Indian journal of veterinary science and animal husbandry - Volume 9,
Year: 1939
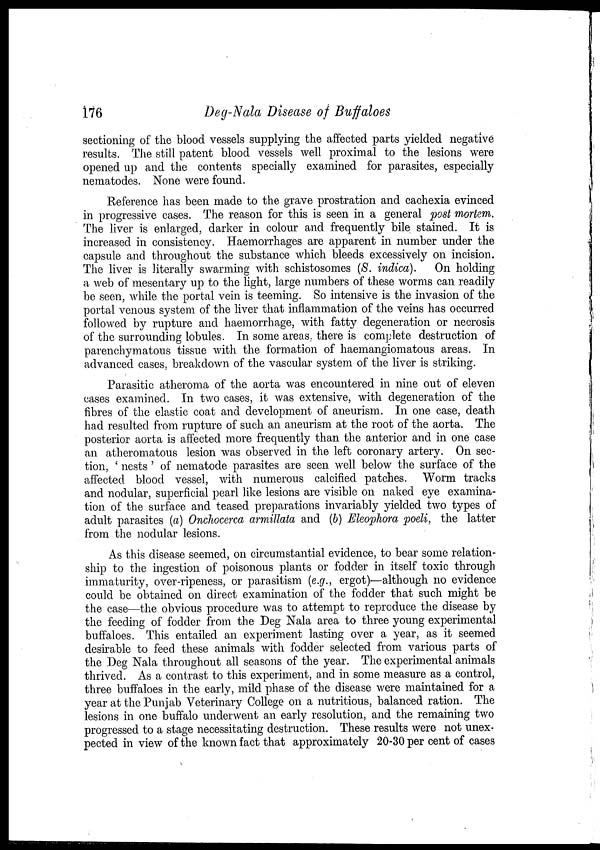
176
Deg-Nala Disease of Buffaloes
sectioning of the blood vessels supplying the affected parts yielded negative
results. The still patent blood vessels well proximal to the lesions were
opened up and the contents specially examined for parasites, especially
nematodes. None were found.
Reference has been made to the grave prostration and cachexia evinced
in progressive cases. The reason for this is seen in a general post mortem.
The liver is enlarged, darker in colour and frequently bile stained. It is
increased in consistency. Haemorrhages are apparent in number under the
capsule and throughout the substance which bleeds excessively on incision.
The liver is literally swarming with schistosomes (S. indica). On holding
a web of mesentary up to the light, large numbers of these worms can readily
be seen, while the portal vein is teeming. So intensive is the invasion of the
portal venous system of the liver that inflammation of the veins has occurred
followed by rupture and haemorrhage, with fatty degeneration or necrosis
of the surrounding lobules. In some areas, there is complete destruction of
parenchymatous tissue with the formation of haemangiomatous areas. In
advanced cases, breakdown of the vascular system of the liver is striking.
Parasitic atheroma of the aorta was encountered in nine out of eleven
cases examined. In two cases, it was extensive, with degeneration of the
fibres of the elastic coat and development of aneurism. In one case, death
had resulted from rupture of such an aneurism at the root of the aorta. The
posterior aorta is affected more frequently than the anterior and in one case
an atheromatous lesion was observed in the left coronary artery. On sec-
tion, ' nests ' of nematode parasites are seen well below the surface of the
affected blood vessel, with numerous calcified patches. Worm tracks
and nodular, superficial pearl like lesions are visible on naked eye examina-
tion of the surface and teased preparations invariably yielded two types of
adult parasites (a) Onchocerca armillata and (b) Eleophora poeli, the latter
from the nodular lesions.
As this disease seemed, on circumstantial evidence, to bear some relation-
ship to the ingestion of poisonous plants or fodder in itself toxic through
immaturity, over-ripeness, or parasitism (e.g., ergot)—although no evidence
could be obtained on direct examination of the fodder that such might be
the case—the obvious procedure was to attempt to reproduce the disease by
the feeding of fodder from the Deg Nala area to three young experimental
buffaloes. This entailed an experiment lasting over a year, as it seemed
desirable to feed these animals with fodder selected from various parts of
the Deg Nala throughout all seasons of the year. The experimental animals
thrived. As a contrast to this experiment, and in some measure as a control,
three buffaloes in the early, mild phase of the disease were maintained for a
year at the Punjab Veterinary College on a nutritious, balanced ration. The
lesions in one buffalo underwent an early resolution, and the remaining two
progressed to a stage necessitating destruction. These results were not unex-
pected in view of the known fact that approximately 20-30 per cent of cases